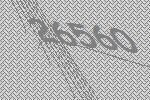
26560